Report on vaccination in Madras 1904-1921 - 1904-1921
Year: 1904
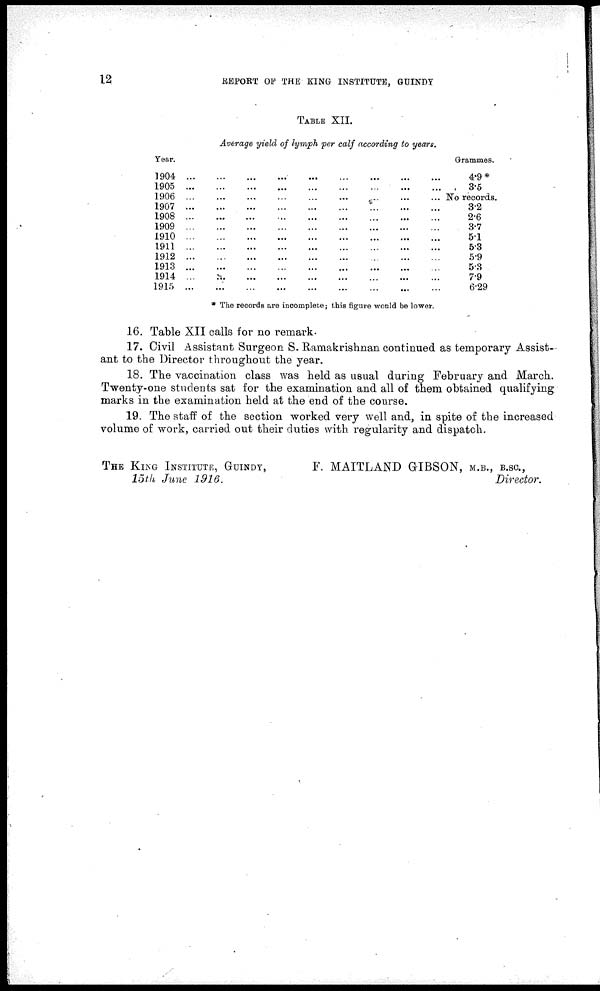
12
REPORT OF THE KING INSTITUTE, GUINDY
TABLE XII.
Average yield of lymph per calf according to years.
Year.
1904
...
...
...
...
...
...
...
...
...
1905
...
...
...
...
...
...
...
...
...
1906
...
...
...
...
...
...
...
...
...
1907
...
...
...
...
...
...
...
...
...
1908
...
...
...
...
...
...
...
...
...
1909
...
...
...
...
...
...
...
...
...
1910
...
...
...
...
...
...
...
...
...
1911
...
...
...
...
...
...
...
...
...
1912
...
...
...
...
...
...
...
...
...
1913
...
...
...
...
...
...
...
...
...
1914
...
...
...
...
...
...
...
...
...
1915
...
...
...
...
...
...
...
...
...
Grammes.
4.9*
3.5
No records.
3.2
2.6
3.7
5.1
5.3
5.9
5.3
7.9
6.29
* The records are incomplete; this figure would be lower.
16. Table XII calls for no remark.
17. Civil Assistant Surgeon S. Ramakrishnan continued as temporary Assist-
ant to the Director throughout the year.
18. The vaccination class was held as usual during February and March.
Twenty-one students sat for the examination and all of them obtained qualifying
marks in the examination held at the end of the course.
19. The staff of the section worked very well and, in spite of the increased
volume of work, carried out their duties with regularity and dispatch.
THE KING INSTITUTE, GUINDY,
F. MAITLAND GIBSON, M.B., B.SC.,
15th June 1916.
Director.